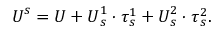
\boldsymbol { U } ^ { s } = \boldsymbol { U } + \boldsymbol { U } _ { s } ^ { 1 } \cdot \boldsymbol { \tau } _ { s } ^ { 1 } + \boldsymbol { U } _ { s } ^ { 2 } \cdot \boldsymbol { \tau } _ { s } ^ { 2 } .